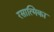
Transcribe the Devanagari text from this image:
रसात्मिका